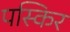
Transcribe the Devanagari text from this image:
पस्किर